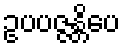
ဥပပဇ္ဇန္တိပေ